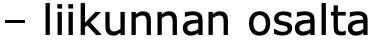
– liikunnan osalta